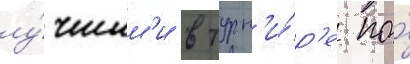
лу́чшим'и в турн'и́р'е по́